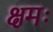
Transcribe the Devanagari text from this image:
क्षमः